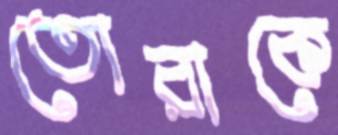
তোরাকে